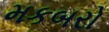
મકબરો